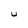
Character: U